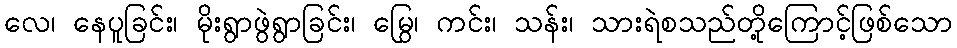
လေ၊ နေပူခြင်း၊ မိုးရွာဖွဲရွာခြင်း၊ မြွေ၊ ကင်း၊ သန်း၊ သားရဲစသည်တို့ကြောင့်ဖြစ်သော